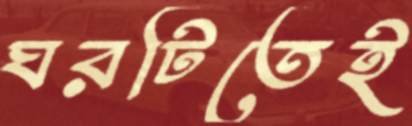
ঘরটিতেই